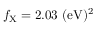
f _ { \mathrm { { X } } } = 2 . 0 3 ~ \mathrm { { ( e V ) ^ { 2 } } }